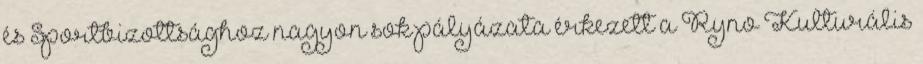
és Sportbizottsághoz nagyon sok pályázata érkezett a Ryno Kulturális